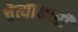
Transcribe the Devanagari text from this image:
चेत्याकारी